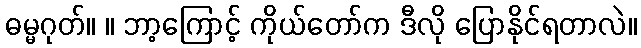
ဓမ္မဂုတ်။ ။ ဘာ့ကြောင့် ကိုယ်တော်က ဒီလို ပြောနိုင်ရတာလဲ။